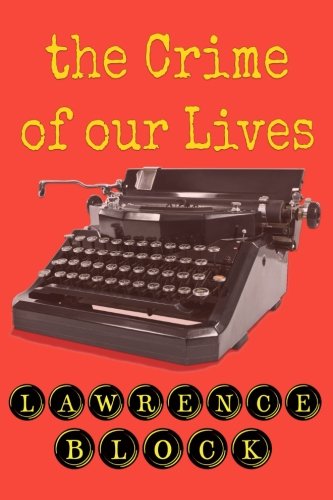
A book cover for The Crime of Our Lives; Lawrence Block; Mystery, Thriller & Suspense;